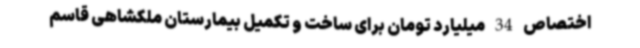
اختصاص 34 میلیارد تومان برای ساخت و تکمیل بیمارستان ملکشاهی قاسم